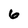
Character: 6